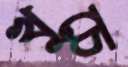
খুচে